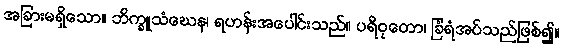
အခြားမရှိသော။ ဘိက္ခူသံဃေန၊ ရဟန်းအပေါင်းသည်။ ပရိဝုတော၊ ခြံရံအပ်သည်ဖြစ်၍။